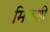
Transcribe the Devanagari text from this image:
मिळशी